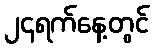
၂၄ရက်နေ့တွင်